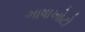
ભાષાખોટો